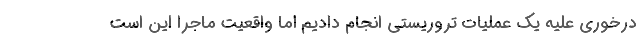
درخوری علیه یک عملیات تروریستی انجام دادیم اما واقعیت ماجرا این است